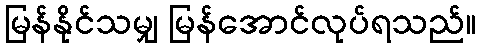
မြန်နိုင်သမျှ မြန်အောင်လုပ်ရသည်။